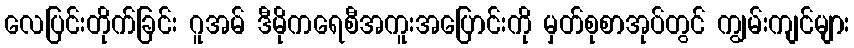
လေပြင်းတိုက်ခြင်း ဂူအမ် ဒီမိုကရေစီအကူးအပြောင်းကို မှတ်စုစာအုပ်တွင် ကျွမ်းကျင်များ